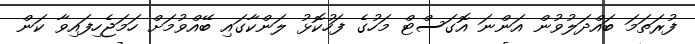
ފުރަތަމަ ބައްދަލުވުން އަންނަ އޮގަަސްޓް މަހުގެ ފަހުކޮޅު ލަންކާގައި ބޭއްވުމަށް ހަމަޖެހިފައިވާ ކަން